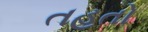
તહતો